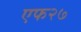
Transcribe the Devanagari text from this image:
एफ२७